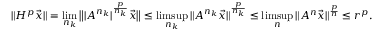
\| H ^ { p } \vec { x } \| = \operatorname* { l i m } _ { n _ { k } } \big \| | A ^ { n _ { k } } | ^ { \frac { p } { n _ { k } } } \vec { x } \big \| \le \operatorname* { l i m s u p } _ { n _ { k } } \| A ^ { n _ { k } } \vec { x } \| ^ { \frac { p } { n _ { k } } } \le \operatorname* { l i m s u p } _ { n } \| A ^ { n } \vec { x } \| ^ { \frac { p } { n } } \le r ^ { p } .